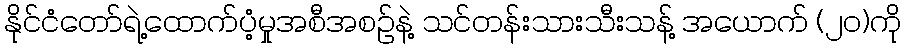
နိုင်ငံတော်ရဲ့ထောက်ပံ့မှုအစီအစဉ်နဲ့ သင်တန်းသားသီးသန့် အယောက် (၂၀)ကို